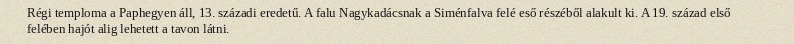
Régi temploma a Paphegyen áll, 13. századi eredetű. A falu Nagykadácsnak a Siménfalva felé eső részéből alakult ki. A 19. század első felében hajót alig lehetett a tavon látni.